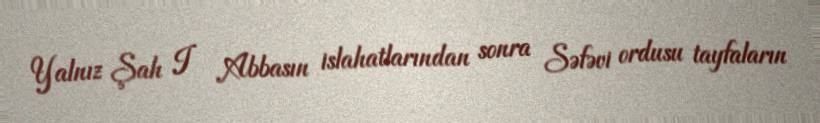
Yalnız Şah I Abbasın islahatlarından sonra Səfəvi ordusu tayfaların